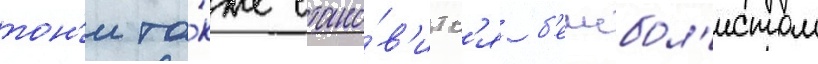
тон'и та́кже стано́в'итс'я б'еисбол'истом